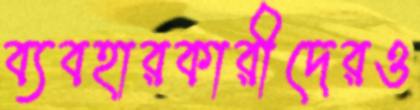
ব্যবহারকারীদেরও